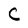
Character: C